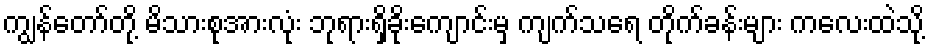
ကျွန်တော်တို့ မိသားစုအားလုံး ဘုရားရှိခိုးကျောင်းမှ ကျက်သရေ တိုက်ခန်းများ ကလေးထဲသို့